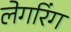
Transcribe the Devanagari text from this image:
लेगरिंग